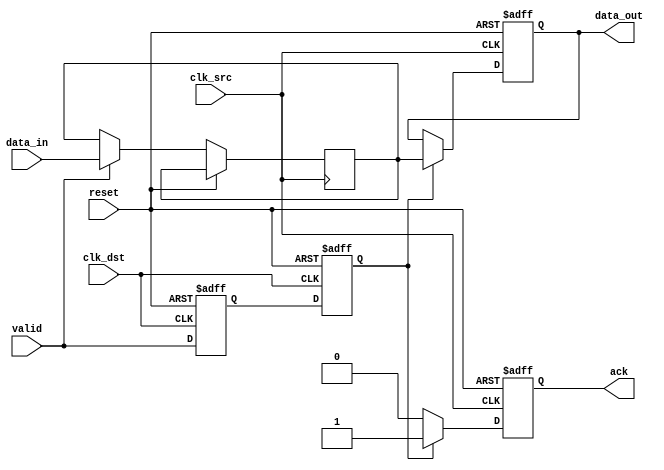
module MemoryBlocksHandshakeSynchronizer #(
    parameter DATA_WIDTH = 8 // Specify the data width
)(
    input wire clk_src,          // Source clock
    input wire clk_dst,          // Destination clock
    input wire reset,            // Asynchronous reset
    input wire [DATA_WIDTH-1:0] data_in, // Data input from source clock domain
    input wire valid,            // Valid signal from source clock domain
    output reg [DATA_WIDTH-1:0] data_out, // Synchronized data output to destination clock domain
    output reg ack               // Acknowledgment signal to source clock domain
);

    // Internal signals
    reg [DATA_WIDTH-1:0] data_buffer; // Buffer to hold data during synchronization
    reg valid_sync_1, valid_sync_2;   // Synchronized valid signals

    // Synchronization of valid signal using dual flip-flops
    always @(posedge clk_dst or posedge reset) begin
        if (reset) begin
            valid_sync_1 <= 1'b0;
            valid_sync_2 <= 1'b0;
        end else begin
            valid_sync_1 <= valid;
            valid_sync_2 <= valid_sync_1; // Second stage of synchronization
        end
    end

    // Data transfer and acknowledgment logic
    always @(posedge clk_src or posedge reset) begin
        if (reset) begin
            data_out <= {DATA_WIDTH{1'b0}};
            ack <= 1'b0;
        end else begin
            if (valid) begin
                data_buffer <= data_in; // Store the incoming data on valid signal
            end
            // Send data out on the next clock cycle after valid is detected
            if (valid_sync_2) begin
                data_out <= data_buffer;   // Output the buffered data
                ack <= 1'b1;                // Raise acknowledgment
            end else begin
                ack <= 1'b0;                // Lower acknowledgment if valid is not synchronized
            end
        end
    end

endmodule